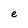
Character: e